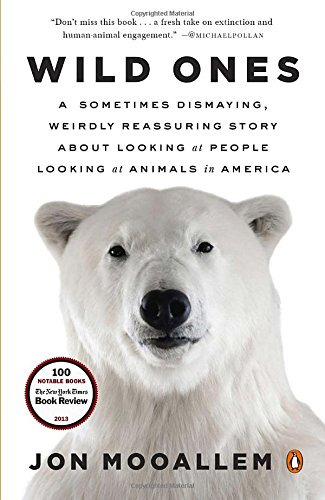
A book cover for Wild Ones: A Sometimes Dismaying, Weirdly Reassuring Story About Looking at People Looking at Animals in America; Jon Mooallem; Science & Math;